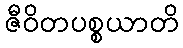
ဇီဝိတပစ္စယာတိ